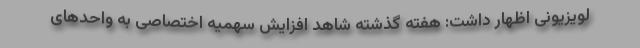
لویزیونی اظهار داشت: هفته گذشته شاهد افزایش سهمیه اختصاصی به واحدهای